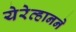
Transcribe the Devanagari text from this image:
येरेव्हानने